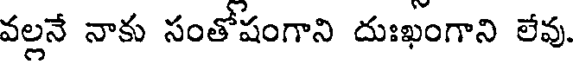
వల్లనే నాకు సంతోషంగాని దుఃఖంగాని లేవు.